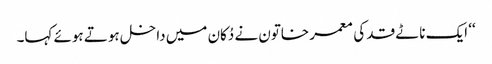
‘‘ ایک ناٹے قد کی معمر خاتون نے دُکان میں داخل ہوتے ہوئے کہا۔